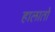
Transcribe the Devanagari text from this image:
हालातो